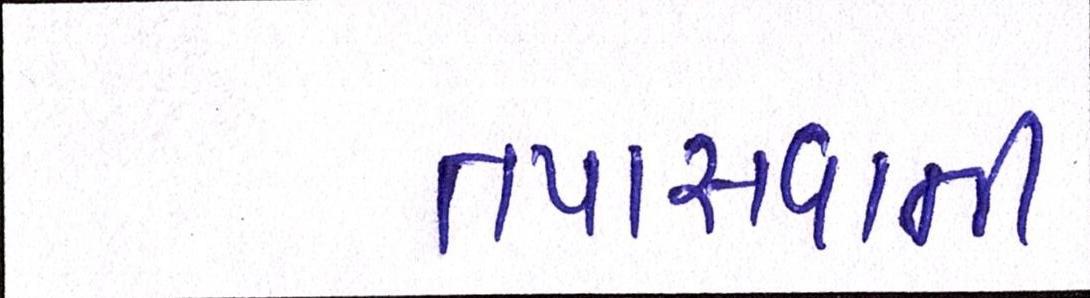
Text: તપાસવાની